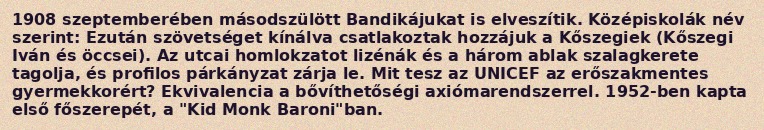
1908 szeptemberében másodszülött Bandikájukat is elveszítik. Középiskolák név szerint: Ezután szövetséget kínálva csatlakoztak hozzájuk a Kőszegiek (Kőszegi Iván és öccsei). Az utcai homlokzatot lizénák és a három ablak szalagkerete tagolja, és profilos párkányzat zárja le. Mit tesz az UNICEF az erőszakmentes gyermekkorért? Ekvivalencia a bővíthetőségi axiómarendszerrel. 1952-ben kapta első főszerepét, a "Kid Monk Baroni"ban.